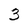
Character: 3